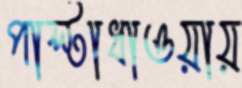
পাল্টাধাওয়ায়